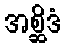
အစ္ဆိဒံ